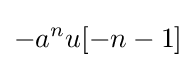
-a^{n}u[-n-1]